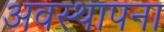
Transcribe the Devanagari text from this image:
अवस्‍थापना